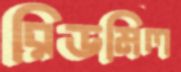
রিডমিল